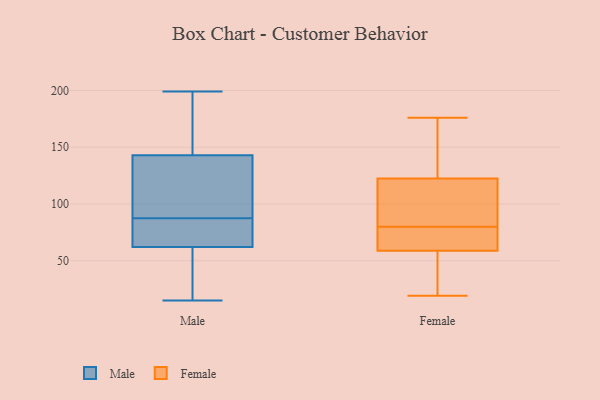
{"axis": {"x": "Shipments", "y": "Value"}, "legend": ["Female", "Male"], "data": [{"x": "", "y": 62, "type": "Male"}, {"x": "", "y": 88, "type": "Male"}, {"x": "", "y": 87, "type": "Male"}, {"x": "", "y": 18, "type": "Male"}, {"x": "", "y": 31, "type": "Male"}, {"x": "", "y": 119, "type": "Male"}, {"x": "", "y": 199, "type": "Male"}, {"x": "", "y": 84, "type": "Male"}, {"x": "", "y": 80, "type": "Male"}, {"x": "", "y": 109, "type": "Male"}, {"x": "", "y": 15, "type": "Male"}, {"x": "", "y": 184, "type": "Male"}, {"x": "", "y": 188, "type": "Male"}, {"x": "", "y": 143, "type": "Male"}, {"x": "", "y": 105, "type": "Female"}, {"x": "", "y": 57, "type": "Female"}, {"x": "", "y": 19, "type": "Female"}, {"x": "", "y": 176, "type": "Female"}, {"x": "", "y": 30, "type": "Female"}, {"x": "", "y": 94, "type": "Female"}, {"x": "", "y": 65, "type": "Female"}, {"x": "", "y": 71, "type": "Female"}, {"x": "", "y": 147, "type": "Female"}, {"x": "", "y": 118, "type": "Female"}, {"x": "", "y": 124, "type": "Female"}, {"x": "", "y": 64, "type": "Female"}, {"x": "", "y": 80, "type": "Female"}, {"x": "", "y": 39, "type": "Female"}, {"x": "", "y": 152, "type": "Female"}]}